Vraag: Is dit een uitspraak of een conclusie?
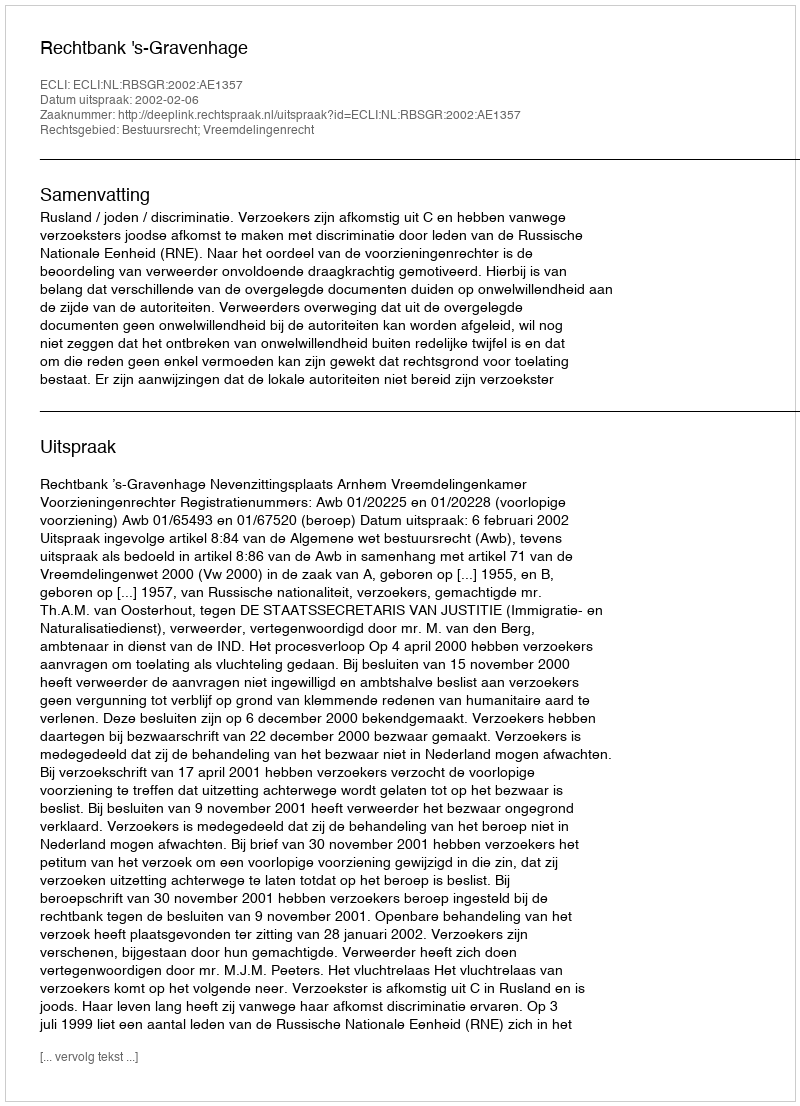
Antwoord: Uitspraak